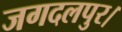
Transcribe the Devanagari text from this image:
जगदलपुर।